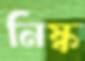
নিষ্ক